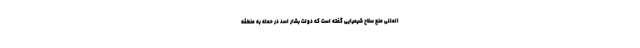
المللی منع سلاح شیمیایی گفته است که دولت بشار اسد در حمله به منطقه